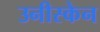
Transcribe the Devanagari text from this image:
उनीस्केन